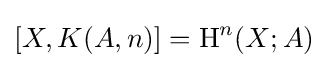
[X,K(A,n)]=\operatorname {H} ^{n}(X;A)